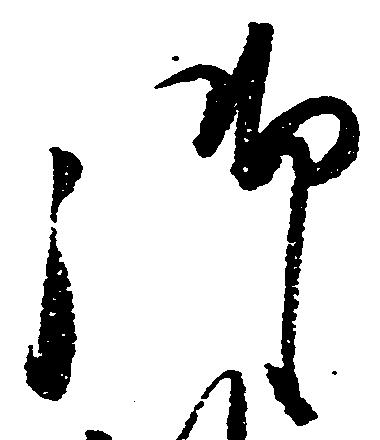
御